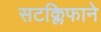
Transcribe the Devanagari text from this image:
सटक्लिफाने